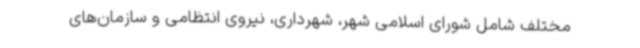
مختلف شامل شورای اسلامی شهر، شهرداری، نیروی انتظامی و سازمان‌های